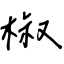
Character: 椒